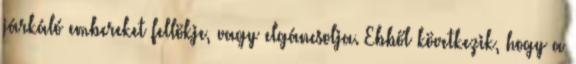
járkáló embereket fellökje, vagy elgáncsolja. Ebből következik, hogy a